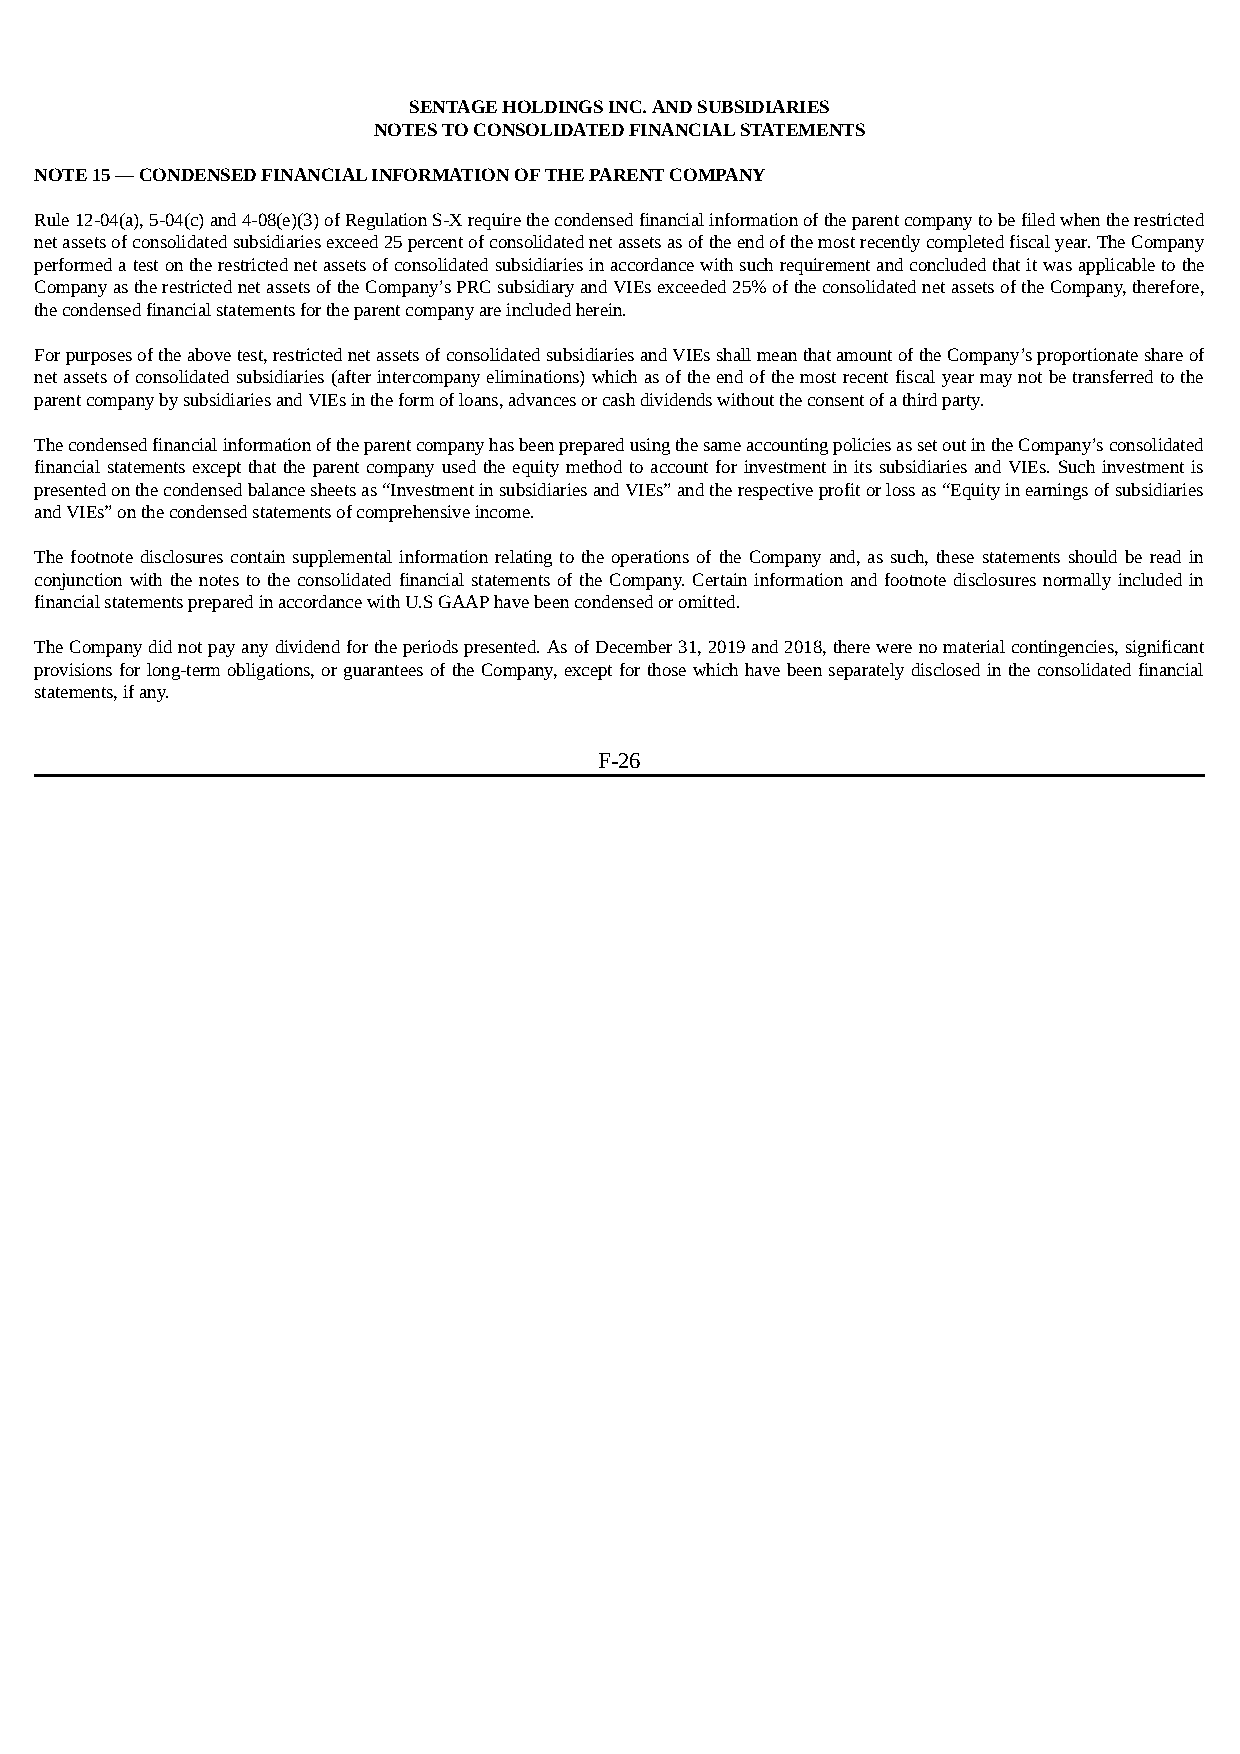
SENTAGE HOLDINGS INC. AND SUBSIDIARIES
 NOTES TO CONSOLIDATED FINANCIAL STATEMENTS
 NOTE 15 — CONDENSED FINANCIAL INFORMATION OF THE PARENT COMPANY
 Rule 12-04(a), 5-04(c) and 4-08(e)(3) of Regulation S-X require the condensed financial information of the parent company to be filed when the restricted
 net assets of consolidated subsidiaries exceed 25 percent of consolidated net assets as of the end of the most recently completed fiscal year. The Company
 performed a test on the restricted net assets of consolidated subsidiaries in accordance with such requirement and concluded that it was applicable to the
 Company as the restricted net assets of the Company’s PRC subsidiary and VIEs exceeded 25% of the consolidated net assets of the Company, therefore,
 the condensed financial statements for the parent company are included herein.
 For purposes of the above test, restricted net assets of consolidated subsidiaries and VIEs shall mean that amount of the Company’s proportionate share of
 net assets of consolidated subsidiaries (after intercompany eliminations) which as of the end of the most recent fiscal year may not be transferred to the
 parent company by subsidiaries and VIEs in the form of loans, advances or cash dividends without the consent of a third party.
 The condensed financial information of the parent company has been prepared using the same accounting policies as set out in the Company’s consolidated
 financial statements except that the parent company used the equity method to account for investment in its subsidiaries and VIEs. Such investment is
 presented on the condensed balance sheets as “Investment in subsidiaries and VIEs” and the respective profit or loss as “Equity in earnings of subsidiaries
 and VIEs” on the condensed statements of comprehensive income.
 The footnote disclosures contain supplemental information relating to the operations of the Company and, as such, these statements should be read in
 conjunction with the notes to the consolidated financial statements of the Company. Certain information and footnote disclosures normally included in
 financial statements prepared in accordance with U.S GAAP have been condensed or omitted.
 The Company did not pay any dividend for the periods presented. As of December 31, 2019 and 2018, there were no material contingencies, significant
 provisions for long-term obligations, or guarantees of the Company, except for those which have been separately disclosed in the consolidated financial
 statements, if any.
 F-26